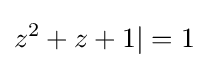
z^{2}+z+1|=1